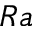
_ { R a }